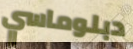
دبلوماسي